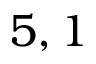
5 , 1